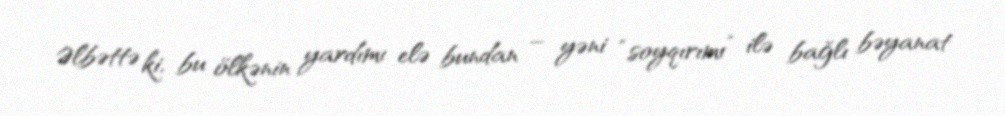
Əlbəttə ki, bu ölkənin yardımı elə bundan – yəni “soyqırımı” ilə bağlı bəyanat